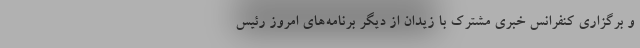
و برگزاری کنفرانس خبری مشترک با زیدان از دیگر برنامه‌های امروز رئیس